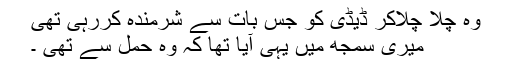
وہ چِلّا چِلّاکر ڈیڈی کو جس بات سے شرمندہ کررہی تھی
میری سمجھ میں یہی آیا تھا کہ وہ حمل سے تھی ۔